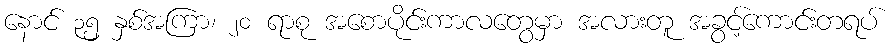
နောင် ၃၅ နှစ်အကြာ၊ ၂၀ ရာစု အစောပိုင်းကာလတွေမှာ အလားတူ အခွင့်ကောင်းတရပ်